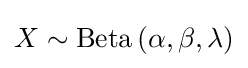
X\sim {\mbox{Beta}}\left(\alpha ,\beta ,\lambda \right)